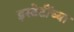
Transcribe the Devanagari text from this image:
इस्टेटींच्या